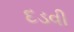
દડવી